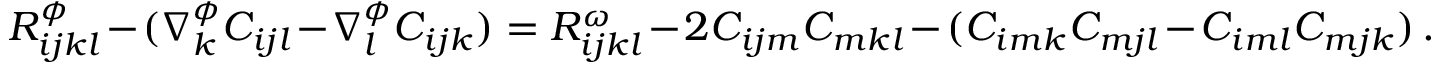
R _ { i j k l } ^ { \phi } - ( \nabla _ { k } ^ { \phi } C _ { i j l } - \nabla _ { l } ^ { \phi } C _ { i j k } ) = R _ { i j k l } ^ { \omega } - 2 C _ { i j m } C _ { m k l } - ( C _ { i m k } C _ { m j l } - C _ { i m l } C _ { m j k } ) \, .